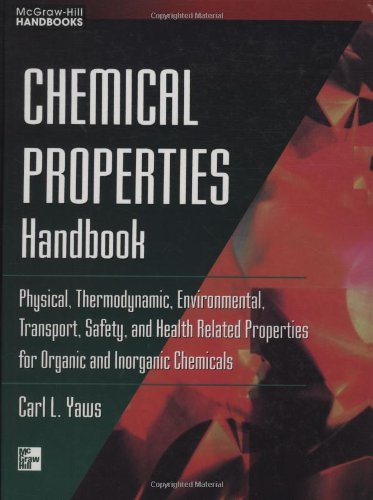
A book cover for Chemical Properties Handbook: Physical, Thermodynamics, Engironmental Transport, Safety & Health Related Properties for Organic & Inorganic Chemical; Carl Yaws; Science & Math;